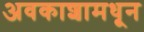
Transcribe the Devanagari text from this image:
अवकाशामधून